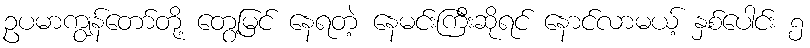
ဥပမာကျွန်တော်တို့ တွေ့မြင် နေရတဲ့ နေမင်းကြီးဆိုရင် နောင်လာမယ့် နှစ်ပေါင်း ၅